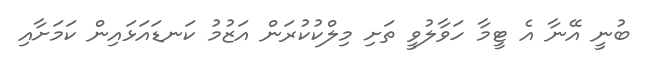
ބުނީ އޭނާ އެ ޓީމާ ހަވާލުވީ ތަށި މިލްކުކުރަން އަޒުމު ކަނޑައަޅައިން ކަމަށާއި